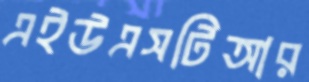
এইউএসটিআর